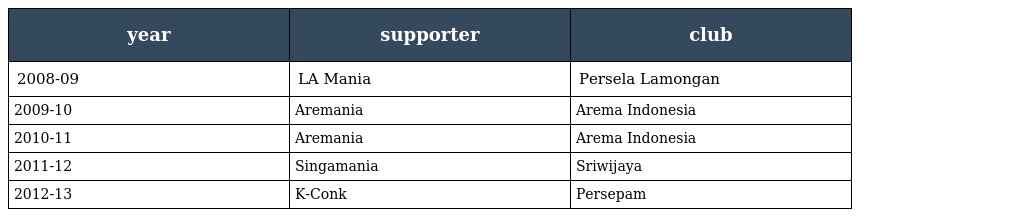
| year | supporter | club |
 | --- | --- | --- |
 | 2008-09 | LA Mania | Persela Lamongan |
 | 2009-10 | Aremania | Arema Indonesia |
 | 2010-11 | Aremania | Arema Indonesia |
 | 2011-12 | Singamania | Sriwijaya |
 | 2012-13 | K-Conk | Persepam |